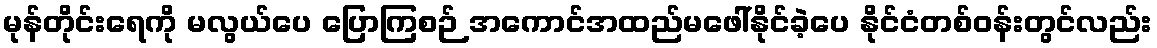
မုန်တိုင်းရေကို မလွယ်ပေ ပြောကြစဉ် အကောင်အထည်မဖေါ်နိုင်ခဲ့ပေ နိုင်ငံတစ်ဝန်းတွင်လည်း